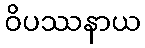
ဝိပဿနာယ